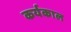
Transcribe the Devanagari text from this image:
कर्यकाल